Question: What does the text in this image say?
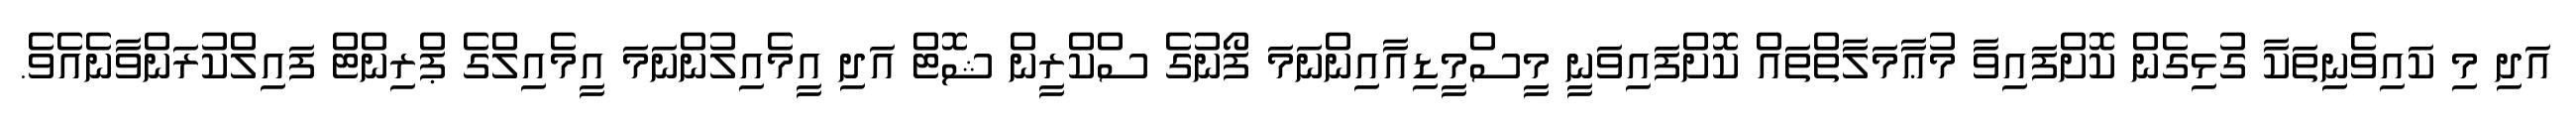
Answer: އަދި މި ކައިވެނިތަކާ ގުޅިގެން ކޮށްފައިވާ މުޢާމަލާތްތައް ކޮށްފައިވަނީ މީސްމީޑިއާއިންނަމަ ފޯނުގެ ސްކްރީން ޝޮޓް އަދި އީމެއިލުންނަމަ އީމެއިލްގެ ޕްރިންޓް ފައިލްކުރަންވާނެއެވެ.